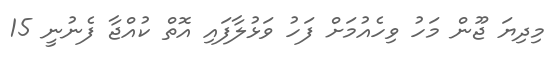
މިދިޔަ ޖޫން މަހު ވިހެއުމަށް ފަހު ވަޅުލާފައި އޮތް ކުއްޖާ ފެނުނީ 15